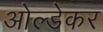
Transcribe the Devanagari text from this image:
ओल्डेकर